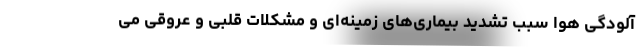
آلودگی هوا سبب تشدید بیماری‌های زمینه‌ای و مشکلات قلبی و عروقی می